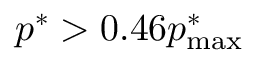
p ^ { * } > 0 . 4 6 p _ { \mathrm { m a x } } ^ { * }